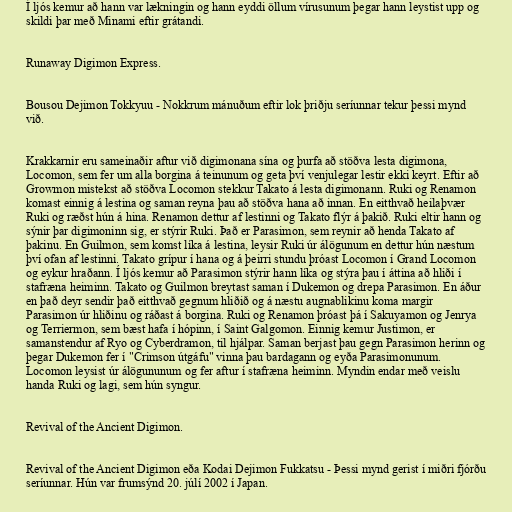
Í ljós kemur að hann var lækningin og hann eyddi öllum vírusunum þegar hann leystist upp og
skildi þar með Minami eftir grátandi.

Runaway Digimon Express.

Bousou Dejimon Tokkyuu - Nokkrum mánuðum eftir lok þriðju seríunnar tekur þessi mynd
við.

Krakkarnir eru sameinaðir aftur við digimonana sína og þurfa að stöðva lesta digimona,
Locomon, sem fer um alla borgina á teinunum og geta því venjulegar lestir ekki keyrt. Eftir að
Growmon mistekst að stöðva Locomon stekkur Takato á lesta digimonann. Ruki og Renamon
komast einnig á lestina og saman reyna þau að stöðva hana að innan. En eitthvað heilaþvær
Ruki og ræðst hún á hina. Renamon dettur af lestinni og Takato flýr á þakið. Ruki eltir hann og
sýnir þar digimoninn sig, er stýrir Ruki. Það er Parasimon, sem reynir að henda Takato af
þakinu. En Guilmon, sem komst líka á lestina, leysir Ruki úr álögunum en dettur hún næstum
því ofan af lestinni. Takato grípur í hana og á þeirri stundu þróast Locomon í Grand Locomon
og eykur hraðann. Í ljós kemur að Parasimon stýrir hann líka og stýra þau í áttina að hliði í
stafræna heiminn. Takato og Guilmon breytast saman í Dukemon og drepa Parasimon. En áður
en það deyr sendir það eitthvað gegnum hliðið og á næstu augnablikinu koma margir
Parasimon úr hliðinu og ráðast á borgina. Ruki og Renamon þróast þá í Sakuyamon og Jenrya
og Terriermon, sem bæst hafa í hópinn, í Saint Galgomon. Einnig kemur Justimon, er
samanstendur af Ryo og Cyberdramon, til hjálpar. Saman berjast þau gegn Parasimon herinn og
þegar Dukemon fer í "Crimson útgáfu" vinna þau bardagann og eyða Parasimonunum.
Locomon leysist úr álögununum og fer aftur í stafræna heiminn. Myndin endar með veislu
handa Ruki og lagi, sem hún syngur.

Revival of the Ancient Digimon.

Revival of the Ancient Digimon eða Kodai Dejimon Fukkatsu - Þessi mynd gerist í miðri fjórðu
seríunnar. Hún var frumsýnd 20. júlí 2002 í Japan.